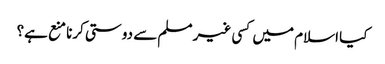
کیا اسلام میں کسی غیر مسلم سے دوستی کرنا منع ہے؟